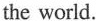
the world.